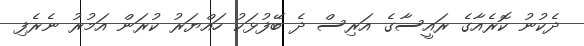
ދެކުނު ކޮރެއާގެ ރައީސާގެ އަރިސް ދެ ބޭފުޅަކު ހައްޔަރު ކުރަން އަމުރު ނެރެފި